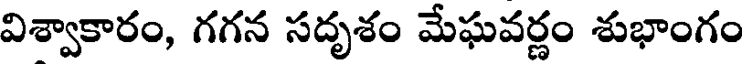
విశ్వాకారం, గగన సదృశం మేఘవర్ణం శుభాంగం